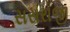
સસરાજી